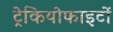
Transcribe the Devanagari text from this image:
ट्रेकियोफाइटों